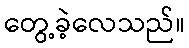
တွေ့ခဲ့လေသည်။